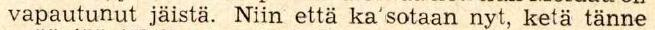
vapautunut jäistä. Niin että ka'sotaan nyt, ketä tänne